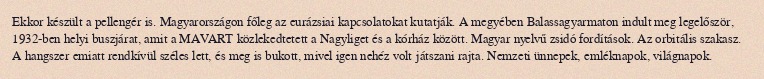
Ekkor készült a pellengér is. Magyarországon főleg az eurázsiai kapcsolatokat kutatják. A megyében Balassagyarmaton indult meg legelőször, 1932-ben helyi buszjárat, amit a MAVART közlekedtetett a Nagyliget és a kórház között. Magyar nyelvű zsidó fordítások. Az orbitális szakasz. A hangszer emiatt rendkívül széles lett, és meg is bukott, mivel igen nehéz volt játszani rajta. Nemzeti ünnepek, emléknapok, világnapok.